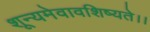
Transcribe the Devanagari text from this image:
शून्यमेवावशिष्यते।।